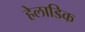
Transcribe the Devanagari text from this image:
हेलाडिक